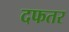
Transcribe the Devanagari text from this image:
दफतर